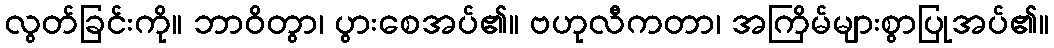
လွတ်ခြင်းကို။ ဘာဝိတွာ၊ ပွားစေအပ်၏။ ဗဟုလီကတာ၊ အကြိမ်များစွာပြုအပ်၏။